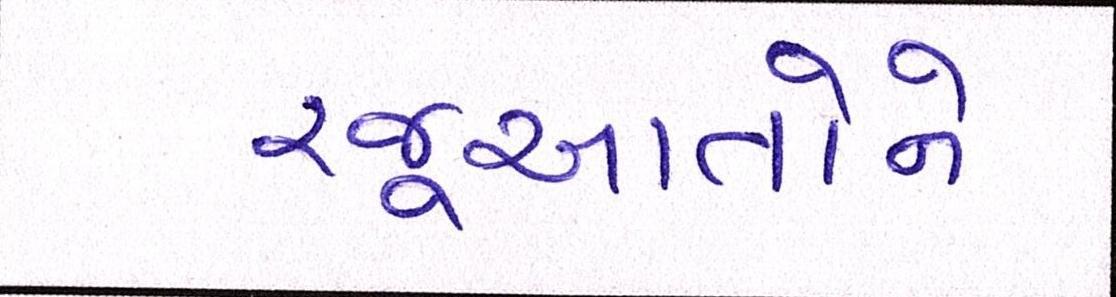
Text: રજૂઆતોને